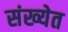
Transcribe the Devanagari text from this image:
संख्‍येत